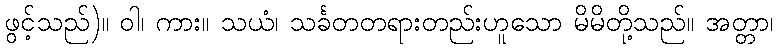
ဖွင့်သည်)။ ဝါ၊ ကား။ သယံ၊ သင်္ခတတရားတည်းဟူသော မိမိတို့သည်။ အတ္တာ၊